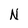
Character: N